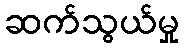
ဆက်သွယ်မှု